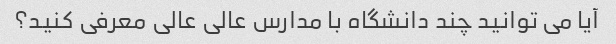
آیا می توانید چند دانشگاه با مدارس عالی عالی معرفی کنید؟